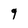
Character: 9